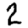
Digit: 2